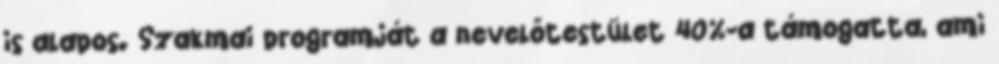
is alapos. Szakmai programját a nevelőtestület 40%-a támogatta, ami